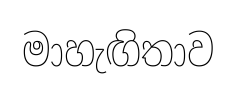
මාහැඟිතාව